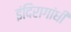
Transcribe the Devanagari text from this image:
इंदिरागांधी